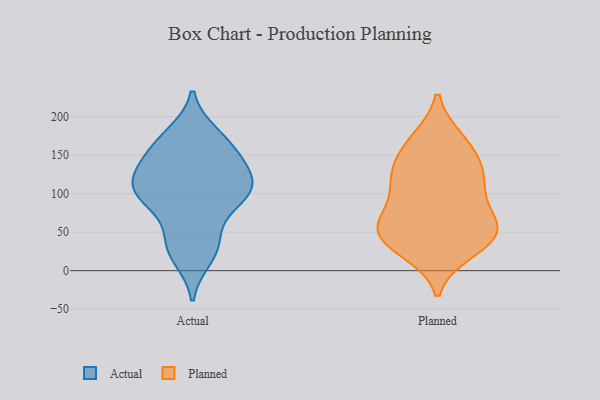
{"axis": {"x": "Tickets Resolved", "y": "Value"}, "legend": ["Actual", "Planned"], "data": [{"x": "", "y": 138, "type": "Actual"}, {"x": "", "y": 106, "type": "Actual"}, {"x": "", "y": 109, "type": "Actual"}, {"x": "", "y": 107, "type": "Actual"}, {"x": "", "y": 16, "type": "Actual"}, {"x": "", "y": 143, "type": "Actual"}, {"x": "", "y": 150, "type": "Actual"}, {"x": "", "y": 178, "type": "Actual"}, {"x": "", "y": 84, "type": "Actual"}, {"x": "", "y": 171, "type": "Actual"}, {"x": "", "y": 33, "type": "Actual"}, {"x": "", "y": 112, "type": "Actual"}, {"x": "", "y": 43, "type": "Actual"}, {"x": "", "y": 93, "type": "Actual"}, {"x": "", "y": 48, "type": "Planned"}, {"x": "", "y": 26, "type": "Planned"}, {"x": "", "y": 119, "type": "Planned"}, {"x": "", "y": 49, "type": "Planned"}, {"x": "", "y": 62, "type": "Planned"}, {"x": "", "y": 125, "type": "Planned"}, {"x": "", "y": 59, "type": "Planned"}, {"x": "", "y": 133, "type": "Planned"}, {"x": "", "y": 116, "type": "Planned"}, {"x": "", "y": 78, "type": "Planned"}, {"x": "", "y": 101, "type": "Planned"}, {"x": "", "y": 170, "type": "Planned"}, {"x": "", "y": 58, "type": "Planned"}, {"x": "", "y": 169, "type": "Planned"}, {"x": "", "y": 39, "type": "Planned"}, {"x": "", "y": 31, "type": "Planned"}, {"x": "", "y": 154, "type": "Planned"}]}